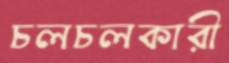
চলচলকারী